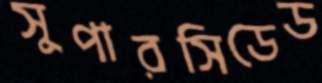
সুপারসিডেড